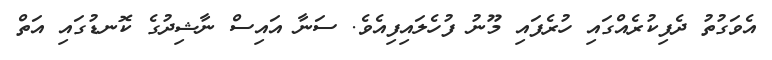
އެވަގުތު ދެފިކުރެއްގައި ހުރެފައި މޫނު ފުހެލައިފިއެވެ. ސަނާ އައިސް ނާޝިދުގެ ކޮނޑުގައި އަތް